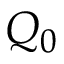
Q _ { 0 }